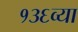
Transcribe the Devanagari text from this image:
१३६व्या